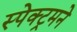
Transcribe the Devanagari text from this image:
स्पेक्ट्रमने